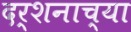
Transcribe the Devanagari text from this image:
दर्शनाच्या